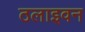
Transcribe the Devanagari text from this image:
ठलाइवन